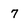
Character: 7